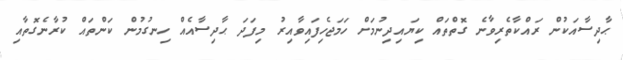
ޙާދިސާއަކުން ރައްކާތެރިވާނެ ގޮތްތައް ކިޔައިދިނުމަށް ހަމަޖެހިފައިވާއިރު މިފަދަ ޙާދިސާއެއް ހިނގުމުން ކަންތައް ކުރާނެގޮތާއި